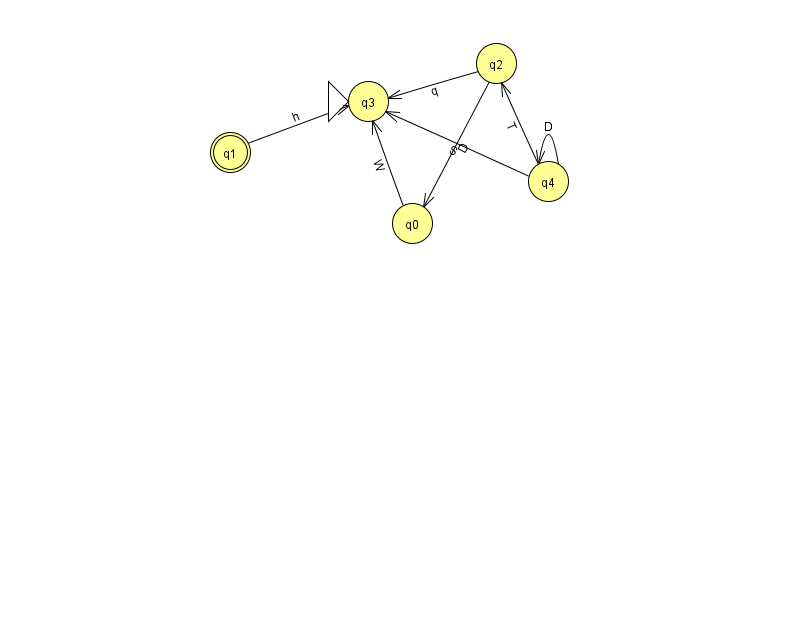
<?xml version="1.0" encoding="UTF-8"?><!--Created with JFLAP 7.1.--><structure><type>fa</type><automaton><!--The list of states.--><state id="0" name="q0"><x>412.0</x><y>210.0</y></state><state id="1" name="q1"><x>230.0</x><y>139.0</y><final/></state><state id="2" name="q2"><x>496.0</x><y>50.0</y></state><state id="3" name="q3"><x>368.0</x><y>88.0</y><initial/></state><state id="4" name="q4"><x>548.0</x><y>168.0</y></state><!--The list of transitions.--><transition><from>4</from><to>2</to><read>T</read></transition><transition><from>4</from><to>3</to><read>S</read></transition><transition><from>4</from><to>4</to><read>D</read></transition><transition><from>2</from><to>3</to><read>q</read></transition><transition><from>0</from><to>3</to><read>W</read></transition><transition><from>1</from><to>3</to><read>h</read></transition><transition><from>2</from><to>0</to><read>D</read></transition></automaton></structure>